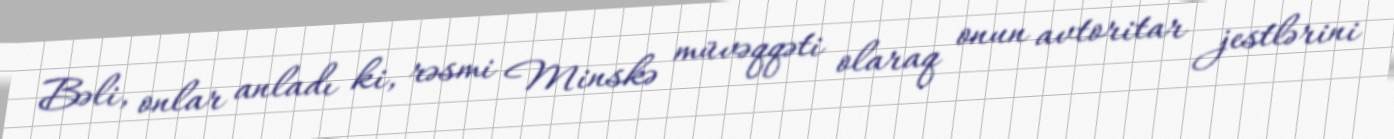
Bəli, onlar anladı ki, rəsmi Minskə müvəqqəti olaraq onun avtoritar jestlərini